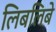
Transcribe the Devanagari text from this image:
लिबलिबे